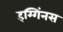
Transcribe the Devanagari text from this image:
हग्गिंनस